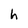
Character: h